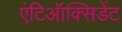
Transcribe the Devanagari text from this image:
एंटिऑक्सिडेंट